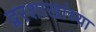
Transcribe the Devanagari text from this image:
द्वरशाखांच्या